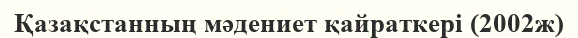
Қазақстанның мәдениет қайраткері (2002ж)